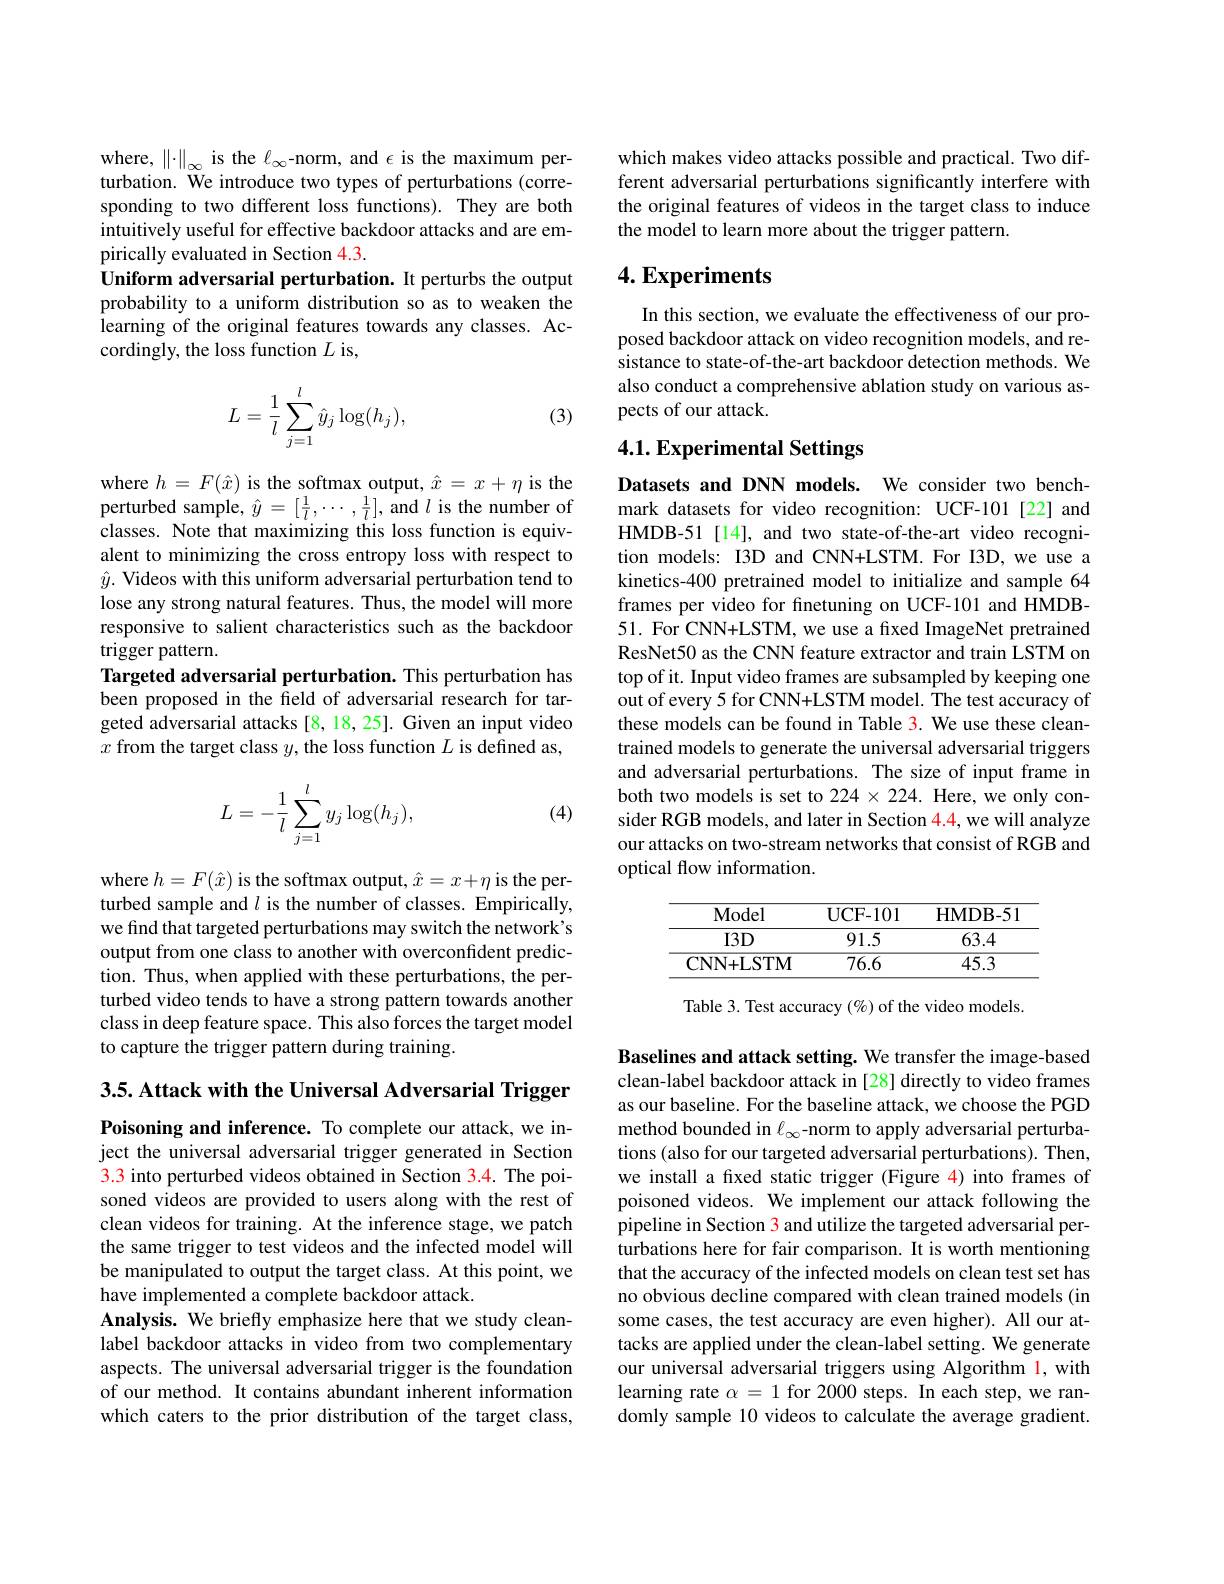
where, $\|\cdot\|_\infty$ is the $\ell_\infty$-norm, and $\epsilon$ is the maximum perturbation. We introduce two types of perturbations (corresponding to two different loss functions). They are both intuitively useful for effective backdoor attacks and are empirically evaluated in Section 4.3.
Uniform adversarial perturbation. It perturbs the output probability to a uniform distribution so as to weaken the learning of the original features towards any classes. Accordingly, the loss function $L$ is,

(3)
$$\begin{aligned}L=\frac{1}{l}\sum_{j=1}^{l}\hat{y}_{j}\log(h_{j}),\end{aligned}$$
where $h=F(\hat{x})$ is the softmax output, $\hat{x}=x+\eta$ is the perturbed sample, $\hat{y}=[\frac1l,\cdots,\frac1l]$, and $l$ is the number of classes. Note that maximizing this loss function is equivalent to minimizing the cross entropy loss with respect to $\hat{y}.$ Videos with this uniform adversarial perturbation tend to lose any strong natural features. Thus, the model will more responsive to salient characteristics such as the backdoor trigger pattern.
Targeted adversarial perturbation. This perturbation has been proposed in the field of adversarial research for targeted adversarial attacks [8,18,25]. Given an input video $x$ from the target class $y$, the loss function $L$ is defined as,

(4)
$$\begin{aligned}L=-\frac{1}{l}\sum_{j=1}^{l}y_j\log(h_j),\end{aligned}$$
where $h=F(\hat{x})$ is the softmax output, $\hat{x}=x+\eta$ is the perturbed sample and $l$ is the number of classes. Empirically, we find that targeted perturbations may switch the network's output from one class to another with overconfident prediction. Thus, when applied with these perturbations, the perturbed video tends to have a strong pattern towards another class in deep feature space. This also forces the target model to capture the trigger pattern during training.

3.5. Attack with the Universal Adversarial Trigger

Poisoning and inference. To complete our attack, we inject the universal adversarial trigger generated in Section 3.3 into perturbed videos obtained in Section 3.4. The poisoned videos are provided to users along with the rest of clean videos for training. At the inference stage, we patch the same trigger to test videos and the infected model will be manipulated to output the target class. At this point, we have implemented a complete backdoor attack.
Analysis. We briefly emphasize here that we study cleanlabel backdoor attacks in video from two complementary aspects. The universal adversarial trigger is the foundation of our method. It contains abundant inherent information which caters to the prior distribution of the target class,

which makes video attacks possible and practical. Two different adversarial perturbations significantly interfere with the original features of videos in the target class to induce the model to learn more about the trigger pattern.

## $4. \textbf{Experiments}$

In this section, we evaluate the effectiveness of our proposed backdoor attack on video recognition models, and resistance to state-of-the-art backdoor detection methods. We also conduct a comprehensive ablation study on various aspects of our attack.

# 4.1. Experimental Settings

Datasets and DNN models. We consider two benchmark datasets for video recognition: UCF-101[22] and HMDB-51 [14], and two state-of-the-art video recognition models: I3D and CNN+LSTM. For I3D, we use a kinetics-400 pretrained model to initialize and sample 64 frames per video for fnetuning on UCF-101 and HMDB- 51. For CNN+LSTM, we use a fixed ImageNet pretrained ResNet50 as the CNN feature extractor and train LSTM on top of it. Input video frames are subsampled by keeping one $\hat{\text{out of every 5 for CNN+LSTM model. The test accuracy of}}$ these models can be found in Table 3. We use these cleantrained models to generate the universal adversarial triggers and adversarial perturbations. The size of input frame in both two models is set to 224 $\times224.$ Here, we only consider RGB models, and later in Section $\color{red}{4.4,\text{wewill analyze}}$ our attacks on two-stream networks that consist of RGB and optical flow information.

<table>
	<tbody>
		<tr>
			<th>Model</th>
			<th>UCF- 101</th>
			<th>HMDB- 5</th>
		</tr>
		<tr>
			<td>$I3D$</td>
			<td>91.5</td>
			<td>63.4</td>
		</tr>
		<tr>
			<td>CNN+ LSTM</td>
			<td>76.6</td>
			<td>45.3</td>
		</tr>
	</tbody>
</table>

Table 3. Test accuracy $(\%)$ of the video models.

Baselines and attack setting. We transfer the image-based clean-label backdoor attack in [28] directly to video frames as our baseline. For the baseline attack, we choose the PGD method bounded in $\ell_\infty$-norm to apply adversarial perturbations (also for our targeted adversarial perturbations). Then, we install a fxed static trigger (Figure 4) into frames of poisoned videos. We implement our attack following the pipeline in Section 3 and utilize the targeted adversarial perturbations here for fair comparison. It is worth mentioning that the accuracy of the infected models on clean test set has no obvious decline compared with clean trained models (in some cases, the test accuracy are even higher). All our attacks are applied under the clean-label setting. We generate our universal adversarial triggers using Algorithm 1, with learning rate $\alpha=1$ for 2000 steps. In each step, we randomly sample 10 videos to calculate the average gradient.